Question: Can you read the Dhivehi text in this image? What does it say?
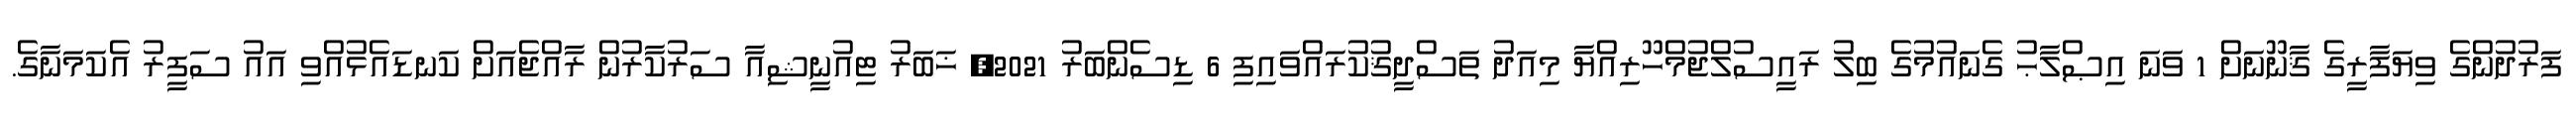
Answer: ފަރުދުންގެ ވިޔަފާރީގެ ޤާނޫނަށް 1 ވަނަ އިޞްލާޙު ގެނައުމުގެ ބިލު ރައީސުލްޖުމްހޫރިއްޔާ މިއަދު ތަސްދީޤުކުރައްވައިފި 6 ޑިސެންބަރު 2021, ޚަބަރު ޓިއުނީޝިއާ ސަރުކާރުން ރާއްޖެއަށް ކަނޑައެޅުއްވި އައު ސަފީރު އެކަމަނާގެ.